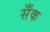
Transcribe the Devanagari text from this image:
सँक